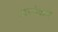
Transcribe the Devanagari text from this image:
अय्यंकार